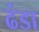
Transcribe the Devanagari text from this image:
ढंडा